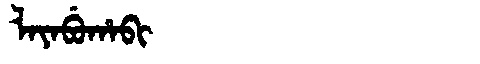
Manchu: ᠯᠠᠶᠠᠪᡠᡥᠠᠪᡳ
Romanization: LAYABUHABI